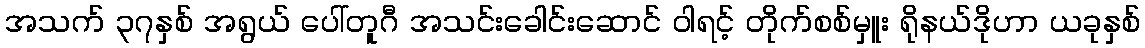
အသက် ၃၇နှစ် အရွယ် ပေါ်တူဂီ အသင်းခေါင်းဆောင် ဝါရင့် တိုက်စစ်မှူး ရိုနယ်ဒိုဟာ ယခုနှစ်